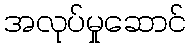
အလုပ်မှုဆောင်